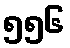
၅၅၆